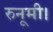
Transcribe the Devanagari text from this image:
रुनूमी।